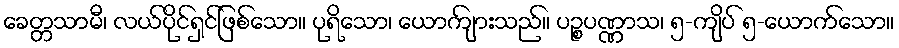
ခေတ္တသာမီ၊ လယ်ပိုင်ရှင်ဖြစ်သော။ ပုရိသော၊ ယောကျ်ားသည်။ ပဉ္စပဏ္ဏာသ၊ ၅-ကျိပ် ၅-ယောက်သော။